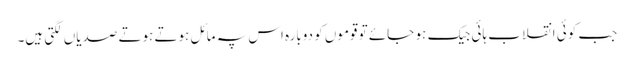
جب کوئی انقلاب ہائی جیک ہو جائے تو قوموں کو دوبارہ اس پہ مائل ہوتے ہوتے صدیاں لگتی ہیں۔